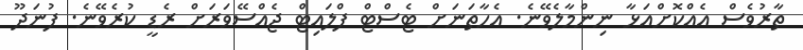
ތާރުވެސް އެއްކޮށްއަޅާ ނިންމާލެވޭނެ. އެހާތަނަށް ޓެސްޓް ފްލައިޓް ޖެއްސޭވަރަށް ރެޑީ ކުރެވޭނެ. ފުނަދޫ